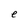
Character: e